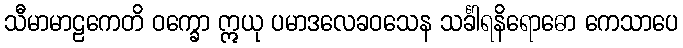
သီမာမာဠကေတိ ဝက္ခော ဣယု ပမာဒလေခဝသေန သင်္ခါရနိရောဓော ကေသာပေ